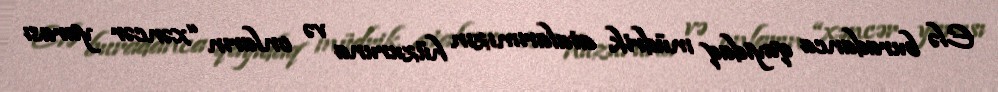
Elə buradanca qayıdaq müdrik atalarımızın hüzuruna və onların “xəncər yarası